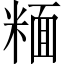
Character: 糆